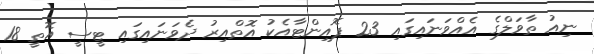
ނިއު ތާވަލްގެ އެއްވަނައިގައި 23 ޕޮއިންޓާއެކު އޮތްއިރު ދެވަނައިގައި ޓީސީ އޮތީ 18